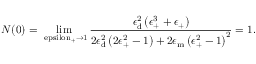
N ( 0 ) = \operatorname* { l i m } _ { \mathrm { \ e p s i l o n _ { \mathrm { + } } \rightarrow 1 } } \frac { \epsilon _ { \mathrm { { d } } } ^ { 2 } \left( \epsilon _ { \mathrm { + } } ^ { 3 } + \epsilon _ { \mathrm { + } } \right) } { 2 \epsilon _ { \mathrm { { d } } } ^ { 2 } \left( 2 \epsilon _ { \mathrm { + } } ^ { 2 } - 1 \right) + 2 \epsilon _ { \mathrm { { m } } } \left( \epsilon _ { \mathrm { + } } ^ { 2 } - 1 \right) ^ { 2 } } = 1 .